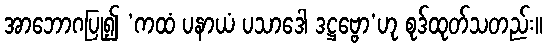
အာဘောဂပြု၍ ‘ကထံ ပနာယံ ပသာဒေါ ဒဋ္ဌဗ္ဗော’ဟု စုဒ်ထုတ်သတည်း။